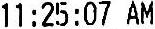
11:25:07 AM